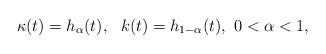
LaTeX: \begin{align*}\kappa(t) = h_\alpha(t),\ \ k(t) = h_{1-\alpha}(t),\ 0<\alpha < 1,\end{align*}